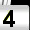
Digit: 3